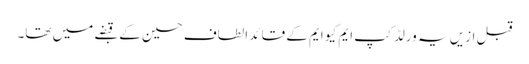
قبل ازیں یہ ورلڈ کپ ایم کیو ایم کے قائد الطاف حسین کے قبضے میں تھا۔